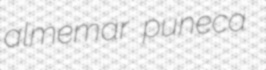
almemar puneca